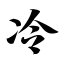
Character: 冷